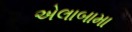
એલાબામા